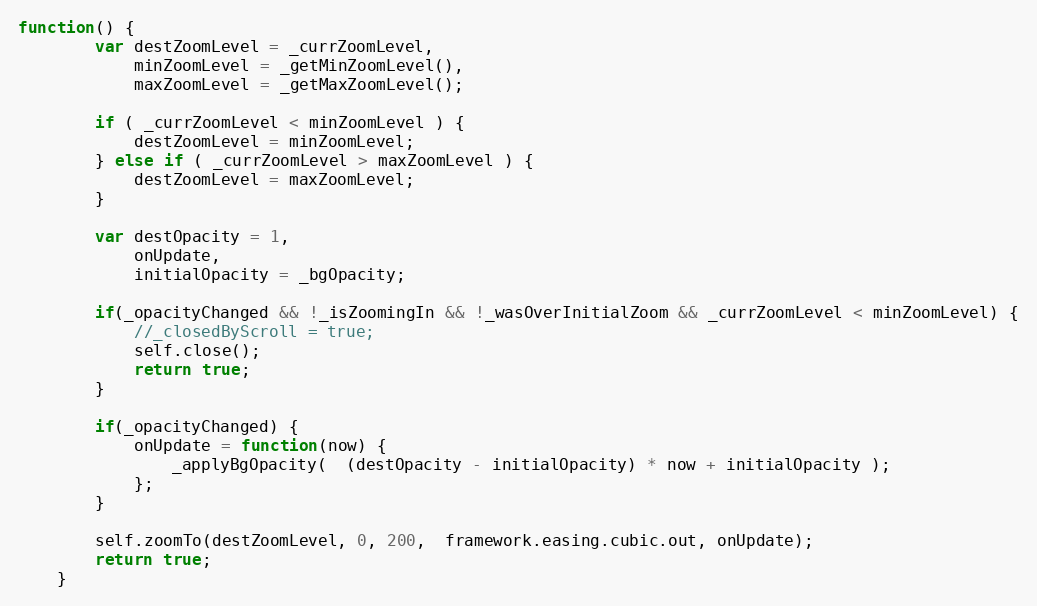
Language: JavaScript
function() {
		var destZoomLevel = _currZoomLevel,
			minZoomLevel = _getMinZoomLevel(),
			maxZoomLevel = _getMaxZoomLevel();

		if ( _currZoomLevel < minZoomLevel ) {
			destZoomLevel = minZoomLevel;
		} else if ( _currZoomLevel > maxZoomLevel ) {
			destZoomLevel = maxZoomLevel;
		}

		var destOpacity = 1,
			onUpdate,
			initialOpacity = _bgOpacity;

		if(_opacityChanged && !_isZoomingIn && !_wasOverInitialZoom && _currZoomLevel < minZoomLevel) {
			//_closedByScroll = true;
			self.close();
			return true;
		}

		if(_opacityChanged) {
			onUpdate = function(now) {
				_applyBgOpacity(  (destOpacity - initialOpacity) * now + initialOpacity );
			};
		}

		self.zoomTo(destZoomLevel, 0, 200,  framework.easing.cubic.out, onUpdate);
		return true;
	}